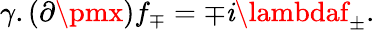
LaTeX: \gamma.(\partial\pmx)f_{\mp}=\mp\mathit{i}\lambdaf_{\pm}.